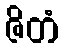
ဇိတံ